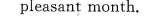
pleasant month.